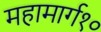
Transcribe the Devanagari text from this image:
महामार्ग१०